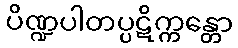
ပိဏ္ဍပါတပ္ပဋိက္ကန္တော